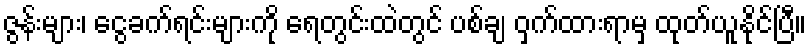
ဇွန်းများ၊ ငွေခက်ရင်းများကို ရေတွင်းထဲတွင် ပစ်ချ ဝှက်ထားရာမှ ထုတ်ယူနိုင်ပြီ။